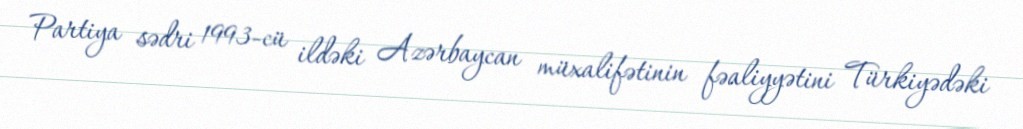
Partiya sədri 1993-cü ildəki Azərbaycan müxalifətinin fəaliyyətini Türkiyədəki